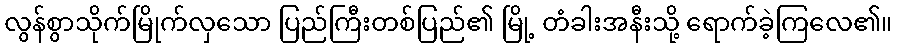
လွန်စွာသိုက်မြိုက်လှသော ပြည်ကြီးတစ်ပြည်၏ မြို့ တံခါးအနီးသို့ ရောက်ခဲ့ကြလေ၏။